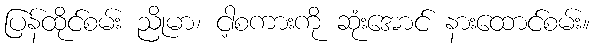
ပြန်ထိုင်စမ်း ညိုမာ၊ ငါ့စကားကို ဆုံးအောင် နားထောင်စမ်း။